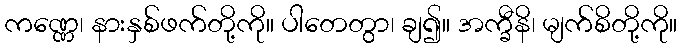
ကဏ္ဏေ၊ နားနှစ်ဖက်တို့ကို။ ပါတေတွာ၊ ချ၍။ အက္ခီနိ၊ မျက်စိတို့ကို။